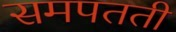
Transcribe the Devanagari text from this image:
समपतती